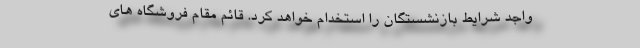
واجد شرایط بازنشستگان را استخدام خواهد کرد. قائم مقام فروشگاه های